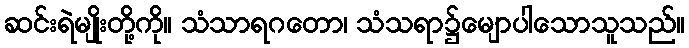
ဆင်းရဲမျိုးတို့ကို။ သံသာရဂတော၊ သံသရာ၌မျောပါသောသူသည်။